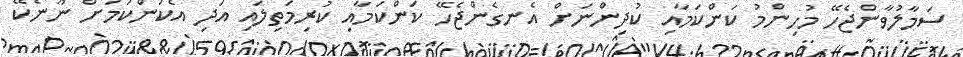
ސަމާލުވާންޖެހޭ މުހިންމު ކަންކަމާއި ކުދިންނަށް އެނގެންޖެހޭ ކަންކަމާއި ކުރިމަތިލައި އަދި އެކަންކަމަށް ނޫނެކޭ